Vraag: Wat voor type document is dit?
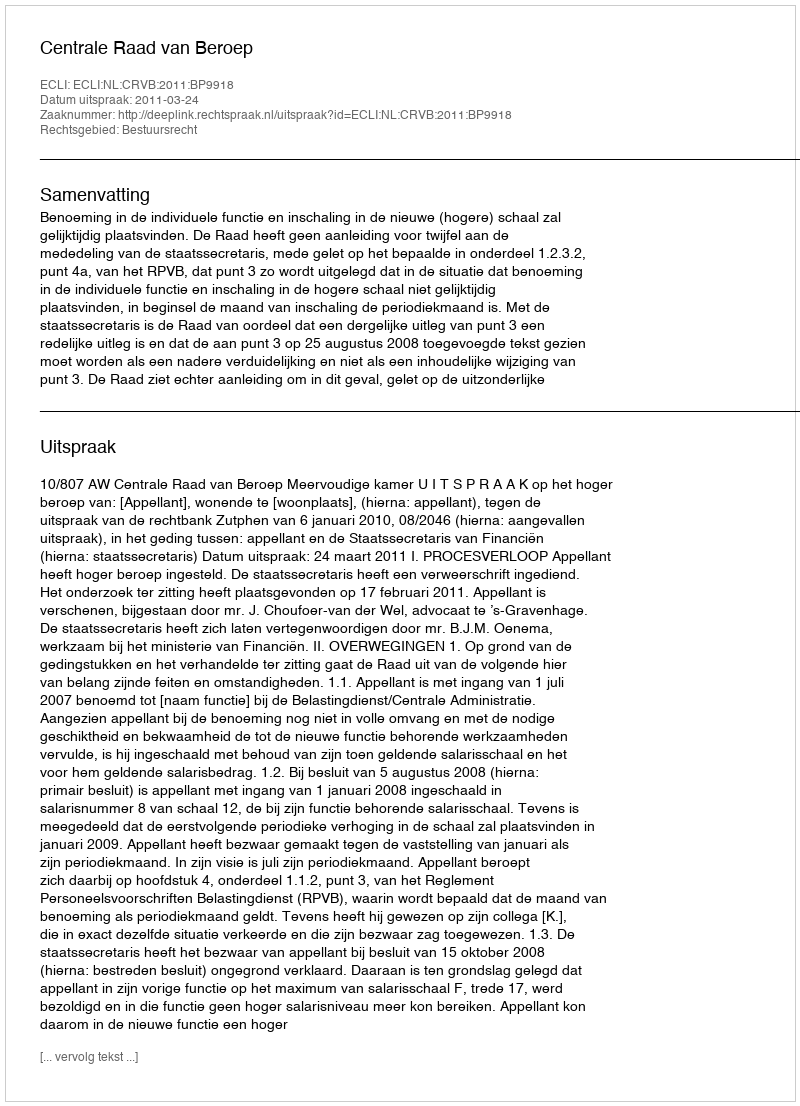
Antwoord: Uitspraak